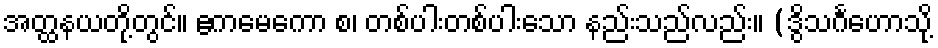
အတ္ထနယတို့တွင်။ ဧကမေကော စ၊ တစ်ပါးတစ်ပါးသော နည်းသည်လည်း။ (ဒွိသင်္ဂဟောသို့